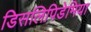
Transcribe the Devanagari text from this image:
डिसलिपिडेमिया